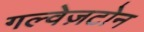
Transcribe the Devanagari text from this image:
गल्वेज़टोन